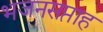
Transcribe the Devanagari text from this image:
भजनसप्ताह